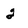
Character: 2